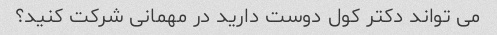
می تواند دکتر کول دوست دارید در مهمانی شرکت کنید؟